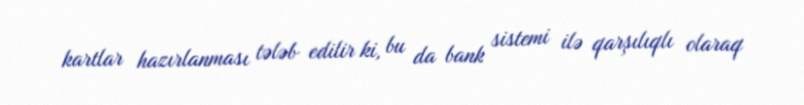
kartlar hazırlanması tələb edilir ki, bu da bank sistemi ilə qarşılıqlı olaraq